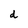
Character: d